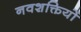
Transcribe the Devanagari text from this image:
नवशक्तियों